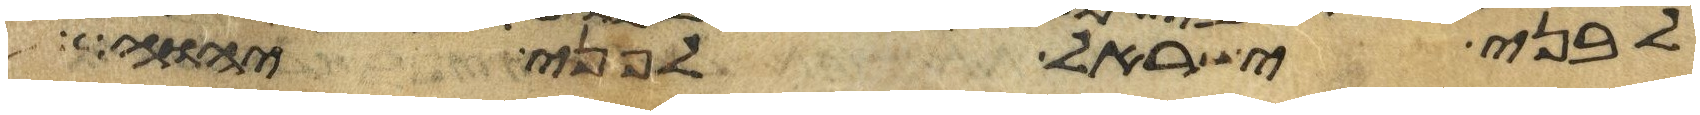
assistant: לבני ישראל לפני יהוה